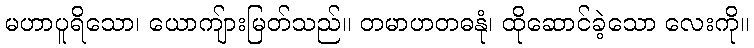
မဟာပူရိသော၊ ယောကျ်ားမြတ်သည်။ တမာဟတဓနုံ၊ ထိုဆောင်ခဲ့သော လေးကို။